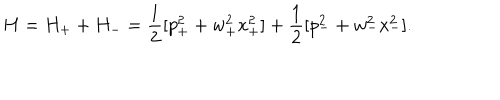
H = H _ { + } + H _ { - } = { \frac { 1 } { 2 } } [ p _ { + } ^ { 2 } + w _ { + } ^ { 2 } x _ { + } ^ { 2 } ] + { \frac { 1 } { 2 } } [ p _ { - } ^ { 2 } + w _ { - } ^ { 2 } x _ { - } ^ { 2 } ] .